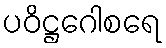
ပဝိဋ္ဌဂေါစရေ